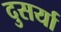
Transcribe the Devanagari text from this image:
दुसर्या